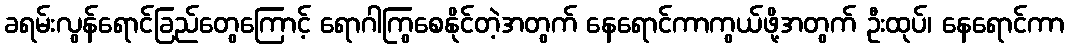
ခရမ်းလွန်ရောင်ခြည်တွေကြောင့် ရောဂါကြွစေနိုင်တဲ့အတွက် နေရောင်ကာကွယ်ဖို့အတွက် ဦးထုပ်၊ နေရောင်ကာ